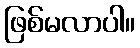
ဖြစ်မလာပါ။